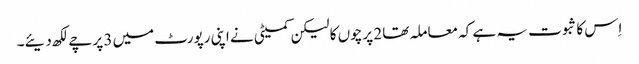
اِس کا ثبوت یہ ہے کہ معاملہ تھا 2 پرچوں کا لیکن کمیٹی نے اپنی رپورٹ میں 3 پرچے لکھ دیئے۔